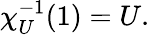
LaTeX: \chi_{U}^{-1}(1)=U.